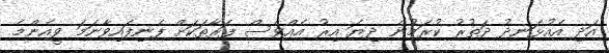
އަދި އެއުޅަނދު ދަތުރު ކުރަމުން ދިޔަ އިރު އެއްވެސް ފަރާތަކަށް ފެނިފައިވާނަމަ ވީއެންމެ